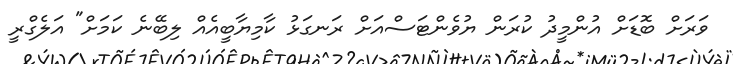
ވަރަށް ބޮޑަށް އުންމީދު ކުރަން ޔުވެންޓަސްއަށް ރަނގަޅު ކާމިޔާބީއެއް ލިބޭނެ ކަމަށް" އަލެގްރީ